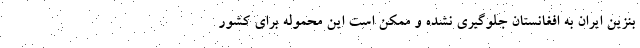
بنزین ایران به افغانستان جلوگیری نشده و ممکن است این محموله برای کشور